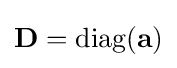
\mathbf {D} =\operatorname {diag} (\mathbf {a} )